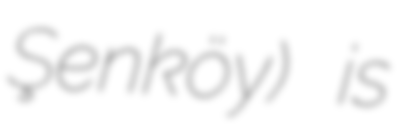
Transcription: Şenköy) is